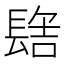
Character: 𰿑